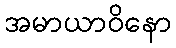
အမာယာဝိနော